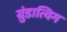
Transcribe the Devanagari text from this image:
ग्रुंडात्विग